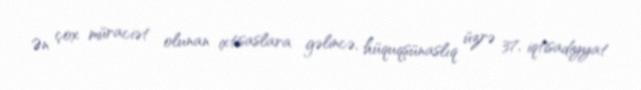
Ən çox müraciət olunan ixtisaslara gəlincə, hüquqşünaslıq üzrə 37, iqtisadiyyat